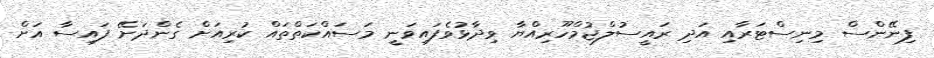
ފިނޭންސް މިނިސްޓަރާއި އަދި ރައީސުލްޖުމްހޫރިއްޔާ ވިދާޅުވެފައިވަނީ މަސައްކަތްތައް ކުރިއަށް ގެންދަށޭ ފައިސާ އަށް